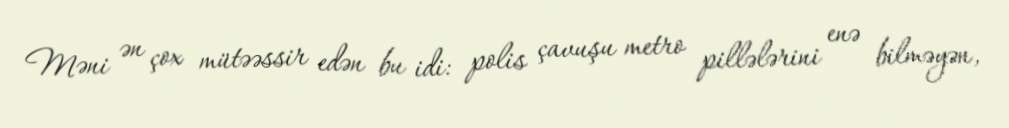
Məni ən çox mütəəssir edən bu idi: polis çavuşu metro pillələrini enə bilməyən,